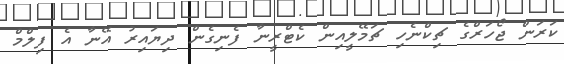
ކަރަން ޖޯހަރްގެ ޗިކްނެހި ޗަމޭލީއިން ކެޓްރީނާ ފެނިގެން ދިޔައިރު އޭނާ އެ ފިލްމް